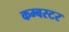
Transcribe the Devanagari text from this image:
कम्बस्टर